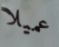
عميلا